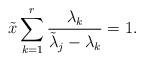
LaTeX: \begin{align*}\tilde x \sum_{k=1}^r \frac{\lambda_k}{\tilde\lambda_j-\lambda_k}=1.\end{align*}